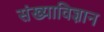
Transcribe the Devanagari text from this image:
संख्याविज्ञान